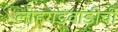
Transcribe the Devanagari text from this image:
लोहगडवाडीची